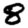
Digit: 8